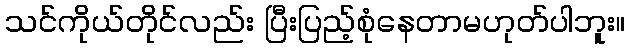
သင်ကိုယ်တိုင်လည်း ပြီးပြည့်စုံနေတာမဟုတ်ပါဘူး။